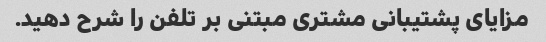
مزایای پشتیبانی مشتری مبتنی بر تلفن را شرح دهید.